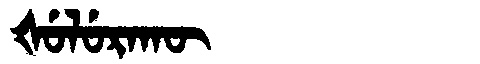
Manchu: ᡧᡠᠯᡠᡵᠠᡴᡡ
Romanization: ŠULURAKŪ